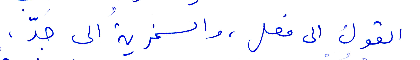
القول الى فعل، والسخرية الى جدّ،